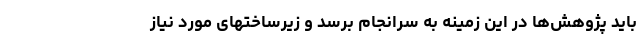
باید پژوهش‌ها در این زمینه به سرانجام برسد و زیرساختهای مورد نیاز